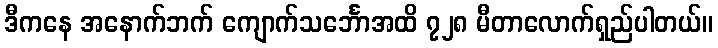
ဒီကနေ အနောက်ဘက် ကျောက်သင်္ဘောအထိ ၇၂၈ မီတာလောက်ရှည်ပါတယ်။